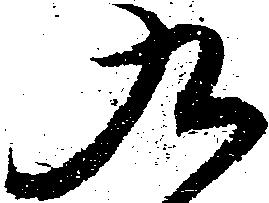
九